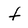
Character: f